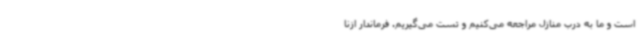
است و ما به درب منازل مراجعه می‌کنیم و تست می‌گیریم. فرماندار ازنا